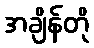
အချိန်တို